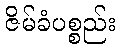
ဇိမ်ခံပစ္စည်း